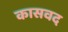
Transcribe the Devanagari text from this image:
कासवद